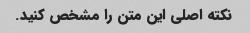
نکته اصلی این متن را مشخص کنید.